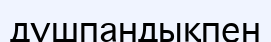
дүшпандықпен